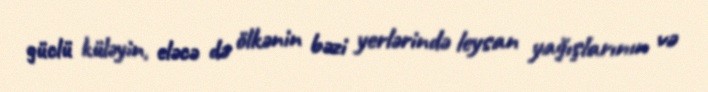
güclü küləyin, eləcə də ölkənin bəzi yerlərində leysan yağışlarının və